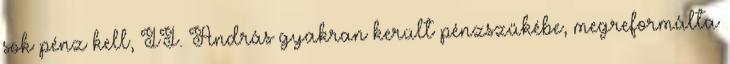
sok pénz kell, II. András gyakran került pénzszűkébe, megreformálta